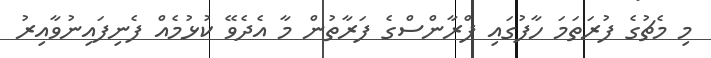
މި މެޗުގެ ފުރަތަމަ ހާފުގައި ފްރާންސްގެ ފަރާތުން މާ އެދެވޭ ކުޅުމެއް ފެނިފައިނުވާއިރު